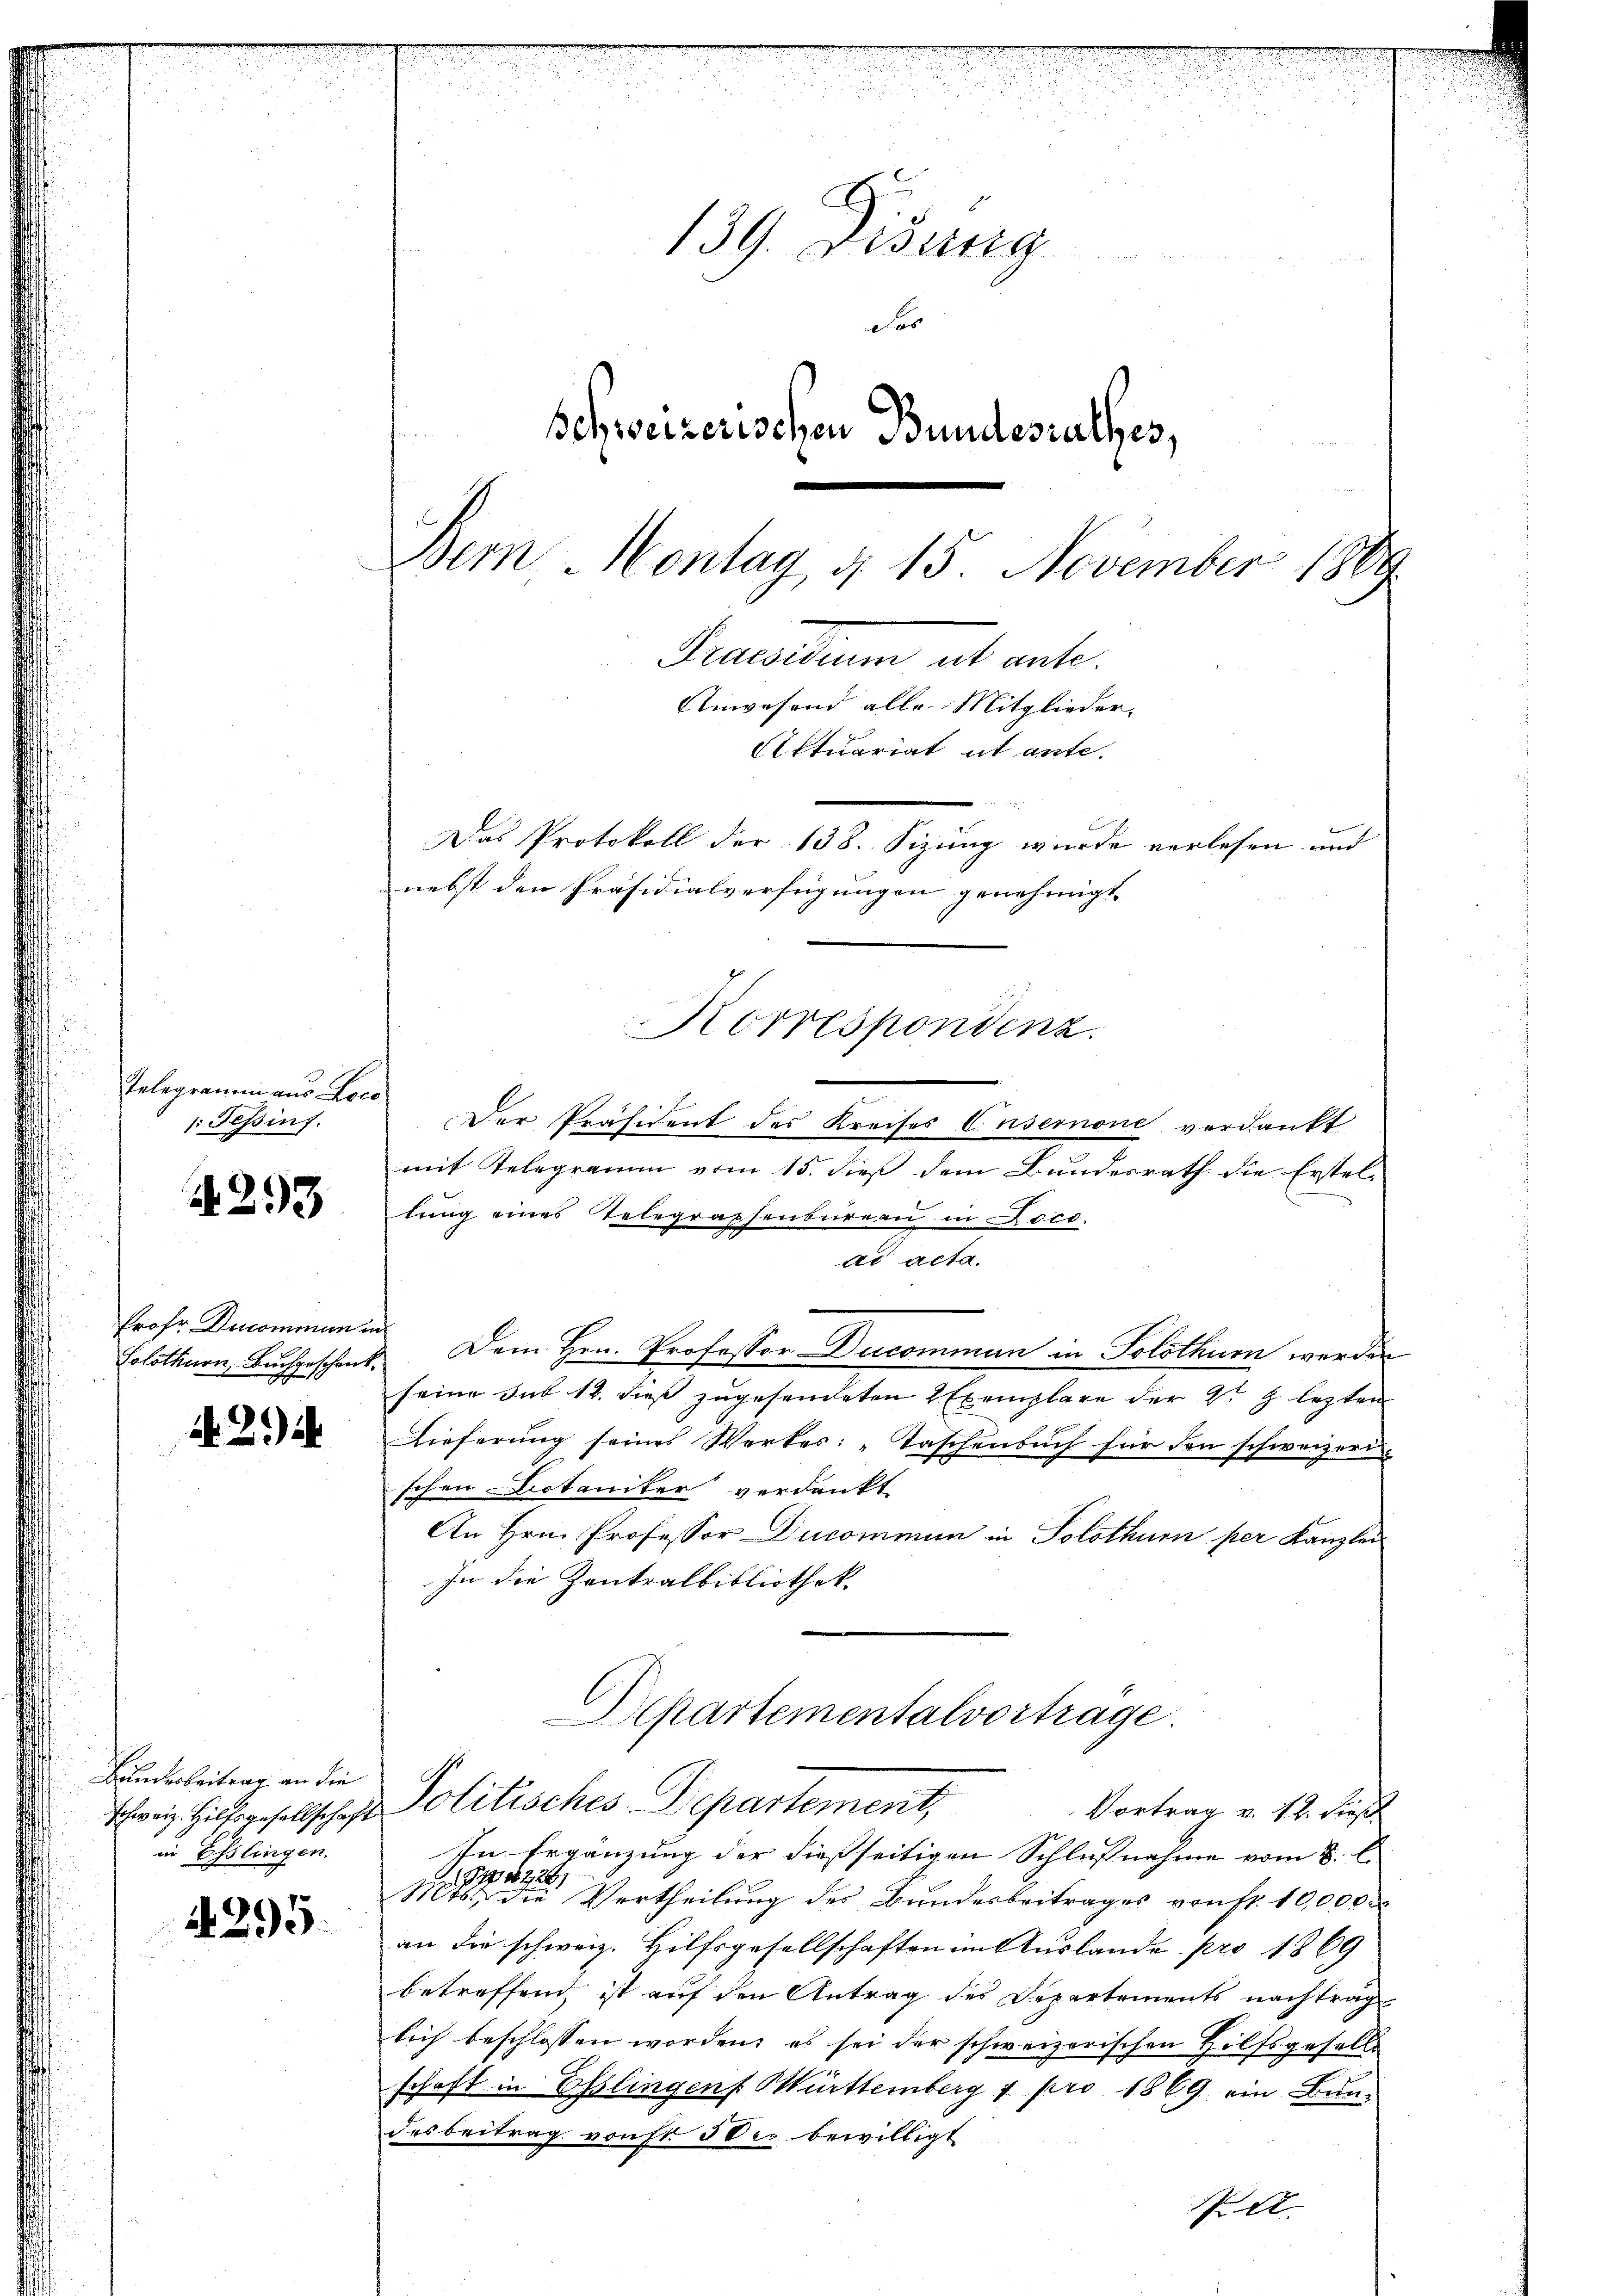
Telegramm aus Loca
: Tessinf.

A293

frohe Ducommun
Solothurn, Buchgeschenk

N 2.)

Handerbeitrag an die
in Esslingen.

4295.

139. Disung
das
Schweizerischen Bundesrathes,
Bern Montag d. 15. November 1889

Praesidium ut ante.
Anwesend alle Mitglieder.
Actuariat it ante-
Das Protokoll der 138. Sizung wurde verlesen und
nebst den Präsidialverfügungen genehmigt.
Korrespondenz.

Der Präsident des Kreises Ensemnone verdankt
mit Telegramm vom 15. dieß dem Bundesrath die Erstellung eines Telegraphenbureau in öco
ad acta.
2. Dem Hrn. Professor Ducomman in Solothurn werden
seine sub 12. dieß zugesendeten 2 Exemplare der 2. J lezten
Lieferung seines Werkes: „Taschenbuch für den schweizeri
schen Dotaniker verdankt
An Hrn. Professor Ducommun in Solothurn per Kanzlei
In die Zentralbibliothek.
Departementalvortrage

schweiz. Hilfsgesellschaft Politisches Departement,
Vortrag v. 12. dieß.

In Ergänzung der dießseitigen Schlußnahme vom 8. l.
177. 226
Mts. die Vertheilung des Bundesbeitrages von fr. 10,000
an die schweiz. Hilfsgesellschaften im Auslande pro 1869
betreffend ist auf den Antrag des Departements nachtrag
lich beschlossen worden, es sei der schweizerischen Hilfsgesell
schaft in Esslingen Württemberg 1 pro 1869. ein Bundesbeitrag von Fr. 3 der bewilligt
PA.